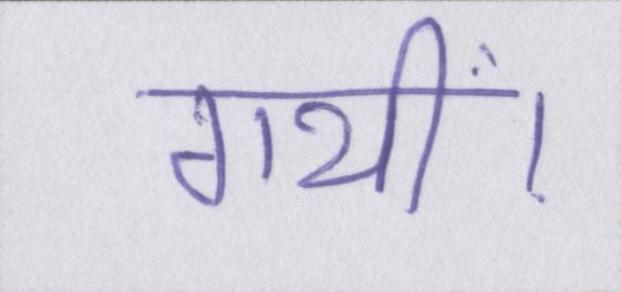
गयीं।